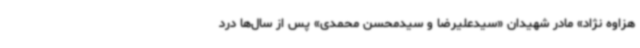
هزاوه نژاد» مادر شهیدان «سیدعلیرضا و سیدمحسن محمدی» پس از سال‌ها درد